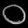
Digit: ၀